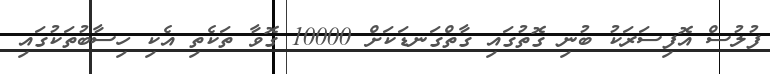
ފުލުސް އޮފިސަރަަކު ބުނި ގޮތުގައި ގާތްގަނޑަކަށް 10000 ގޮވާ ތަކެތި އެކި ހިސާބުތަކުގައި